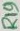
Text: R19